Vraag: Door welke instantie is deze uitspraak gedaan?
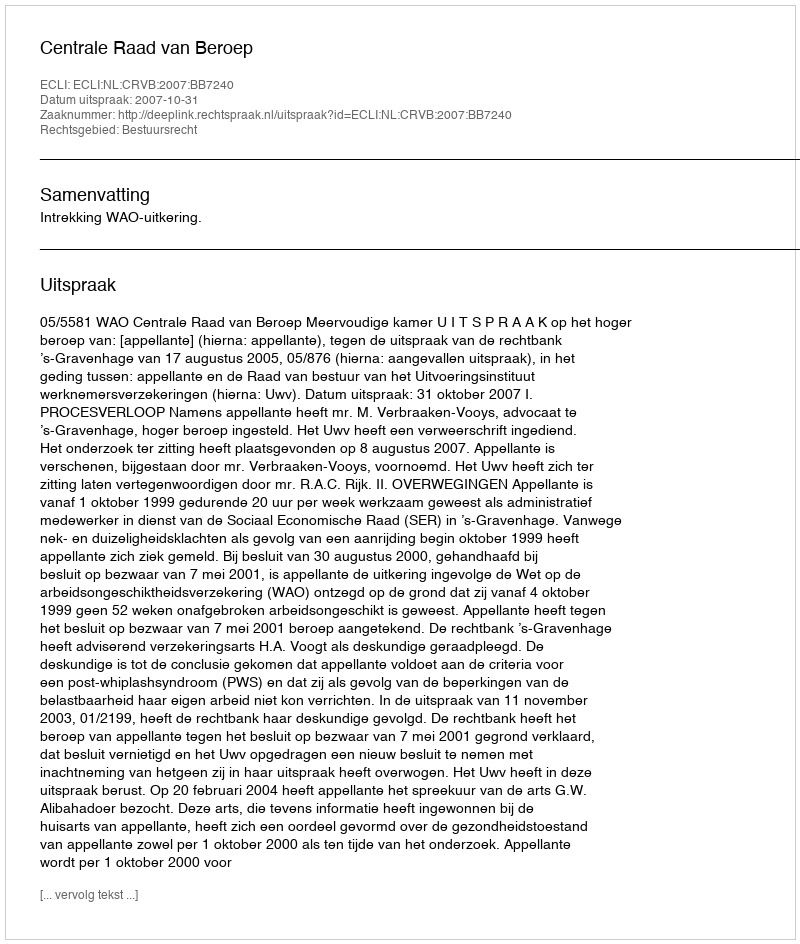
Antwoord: Centrale Raad van Beroep